Civil Veterinary Department Bihar & Orissa reports 1922-29 - 1922-1929
Year: 1922
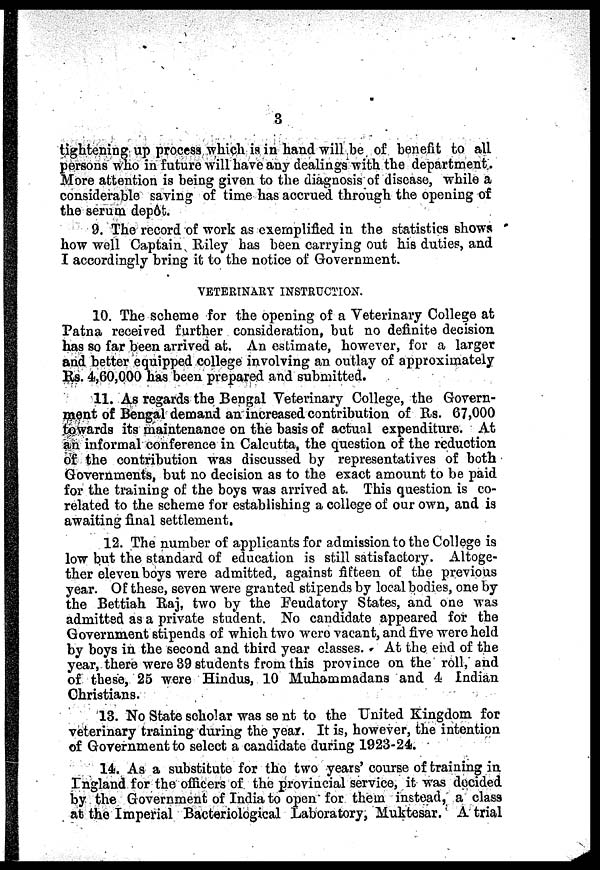
3
tightening up process which is in hand will he of benefit to all
persons who in future will have any dealings with the department.
More attention is being given to the diagnosis of disease, while a
considerable saving of time has accrued through the opening of
the serum depôt.
9. The record of work as exemplified in the statistics shows
how well Captain Riley has been carrying out his duties, and
I accordingly bring it to the notice of Government.
VETERINARY INSTRUCTION.
10. The scheme for the opening of a Veterinary College at
Patna received further consideration, but no definite decision.
has so far been arrived at. An estimate, however, for a larger
and better equipped college involving an outlay of approximately
Rs. 4,60,000 has been prepared and submitted.
11. As regards the Bengal Veterinary College, the Govern-
ment of Bengal demand an increased contribution of Rs. 67,000
towards its maintenance on the basis of actual expenditure. At
an informal conference in Calcutta, the question of the reduction
of the contribution was discussed by representatives of both
Governments, but no decision as to the exact amount to be paid
for the training of the boys was arrived at. This question is co-
related to the scheme for establishing a college of our own, and is
awaiting final settlement.
12. The number of applicants for admission to the College is
low but the standard of education is still satisfactory. Altoge-
ther eleven boys were admitted, against fifteen of the previous
year. Of these, seven were granted stipends by local bodies, one by
the Bettiah Raj, two by the Feudatory States, and one was
admitted as a private student. No candidate appeared for the
Government stipends of which two were vacant, and five were held
by boys in the second and third year classes. At the end of the
year, there were 39 students from this province on the roll, and
of these, 25 were Hindus, 10 Muhammadans and 4 Indian
Christians.
13. No State scholar was sent to the United Kingdom for
veterinary training during the year. It is, however, the intention
of Government to select a candidate during 1923-24.
14. As a substitute for the two years' course of training in
Tngland for the officers of the provincial service, it was decided
by the Government of India to open for them instead, a class
at the Imperial Bacteriological Laboratory, Muktesar. A trial